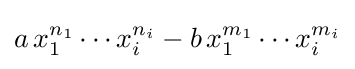
a\,x_{1}^{n_{1}}\dotsb x_{i}^{n_{i}}-b\,x_{1}^{m_{1}}\dotsb x_{i}^{m_{i}}